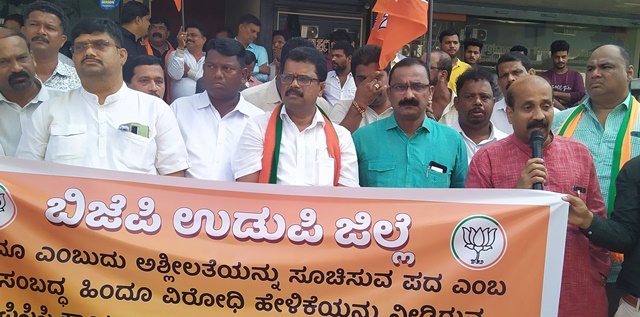
Language: kannada
Transcription: ಉಡುಪಿ ಎಂಬುದು ಸೂಚಿಸುವ ಪದ ಎಂಬ ವಿರೋಧಿ ಜಿಲ್ಲೆ ಹಿಂದೂ ಬಿಜೆಪಿ